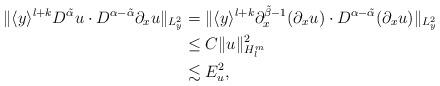
LaTeX: \begin{align*}\begin{aligned}\Vert \langle y\rangle^{l+k}D^{\tilde{\alpha}}u\cdot D^{\alpha-\tilde{\alpha}} \partial_x u\Vert_{L^2_y}&=\Vert\langle y\rangle^{l+k} \partial_x^{\tilde{\beta}-1}(\partial_x u)\cdot D^{\alpha-\tilde{\alpha}}(\partial_x u)\Vert_{L^2_y}\\&\leq C\Vert u\Vert_{H^{m}_l}^2\\&\lesssim E_u^2,\end{aligned}\end{align*}